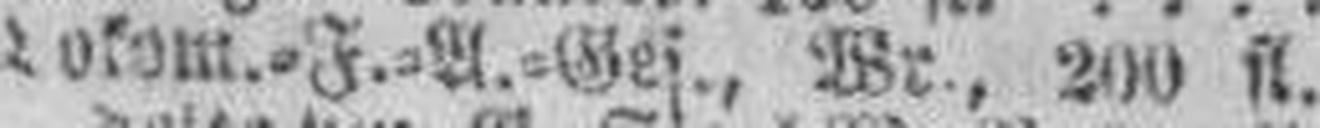
Lokom.=F.=A.=Ges., Wr., 200 fl.